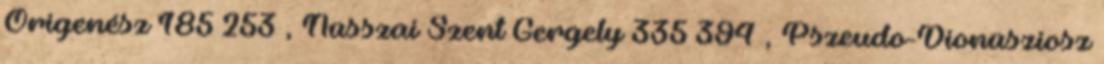
Órigenész 185–253 , Nüsszai Szent Gergely 335–394 , Pszeudo-Dionüsziosz